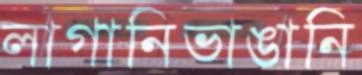
লাগানিভাঙানি